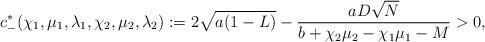
LaTeX: \begin{align*}c^{*}_{-}(\chi_1,\mu_1,\lambda_1,\chi_2,\mu_2,\lambda_2):=2\sqrt{a(1-L)}-\frac{aD\sqrt{N}}{b+\chi_2\mu_2-\chi_1\mu_1-M}>0,\end{align*}